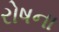
રોષના